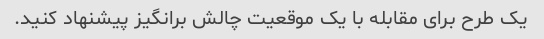
یک طرح برای مقابله با یک موقعیت چالش برانگیز پیشنهاد کنید.